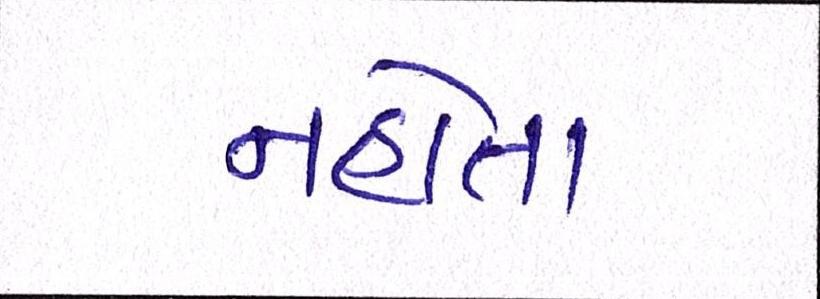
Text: નહોતા